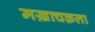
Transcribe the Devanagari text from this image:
मख़ाचक़ला